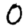
Digit: 0